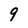
Character: 9